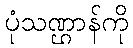
ပုံသဏ္ဌာန်ကို